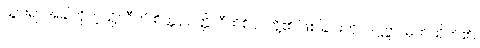
သွားရာအခါကိုကဲ့သို့။ ဝီထိ စိတ္တပ္ပဝတ္တိ၊ ဝီထိစိတ်တို့၏ ဖြစ်ခြင်းကို။ ဒဋ္ဌဗ္ဗာ၊ မှတ်ထိုက်၏။